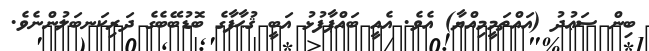
ބިން ސަޢުދު (އައްތަމީމިއްޔާ) އެވެ. އެއީ ބައްޕާފުޅު އަބީ ޤުޙާފާގެ ބޮޑުބޭބެގެ ދަރިކަނބަލުންނެވެ.